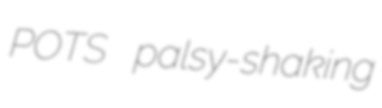
POTS palsy-shaking